Annual report on the working of the lock hospitals in the North-Western Provinces and Oudh
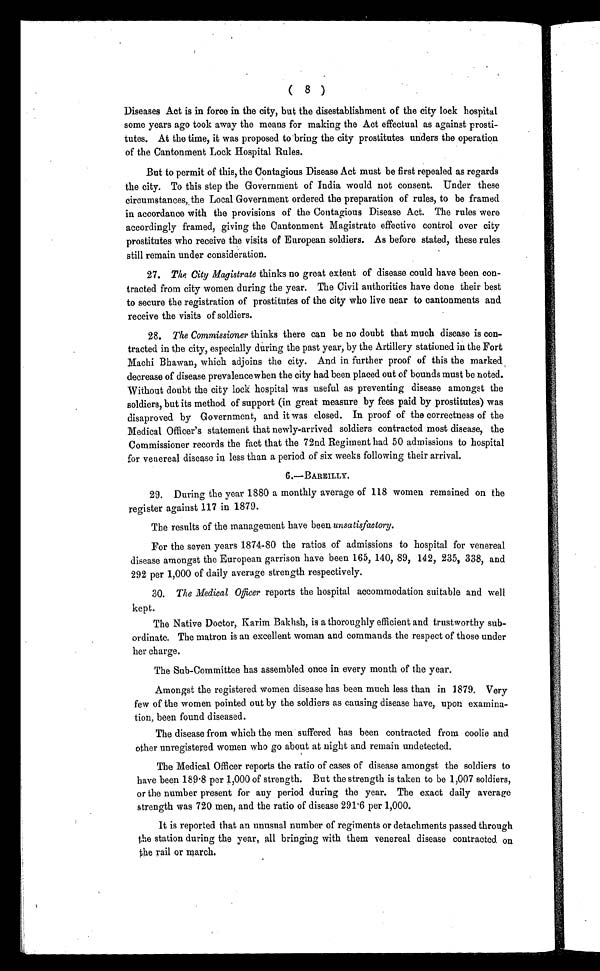
( 8 )
Diseases Act is in force in the city, but the disestablishment of the city lock hospital
some years ago took away the means for making the Act effectual as against prosti-
tutes. At the time, it was proposed to bring the city prostitutes unders the operation
of the Cantonment Lock Hospital Rules.
But to permit of this, the Contagious Disease Act must be first repealed as regards
the city. To this step the Government of India would not consent. Under these
circumstances, the Local Government ordered the preparation of rules, to be framed
in accordance with the provisions of the Contagious Disease Act. The rules were
accordingly framed, giving the Cantonment Magistrate effective control over city
prostitutes who receive the visits of European soldiers. As before stated, these rules
still remain under consideration.
27.
The City Magistrate thinks no great extent of disease could have been con-
tracted from city women during the year. The Civil authorities have done their best
to secure the registration of prostitutes of the city who live near to cantonments and.
receive the visits of soldiers.
28.
The Commissioner thinks there can be no doubt that much disease is con-
tracted in the city, especially during the past year, by the Artillery stationed in the Fort
Machi Bhawan, which adjoins the city. And in further proof of this the marked ,
decrease of disease prevalence when the city had been placed out of bounds must be noted.
Without doubt the city lock hospital was useful as preventing disease amongst the
soldiers, but its method. of support (in great measure by fees paid by prostitutes) was
disaproved by Government, and it was closed. In proof of the correctness of the
Medical Officer's statement that newly-arrived soldiers contracted most disease, the
Commissioner records the fact that the 72nd Regiment had 50 admissions to hospital
for venereal disease in less than a period of six weeks following their arrival.
6.—BAREILLY.
29. During the year 1880 a monthly average of 118 women remained on the
register against 117 in 1879.
The results of the management have been unsatisfactory.
For the seven years 1874-80 the ratios of admissions to hospital for venereal
disease amongst the European garrison have been 165, 140, 89, 142, 235, 338, and
292 per 1,000 of daily average strength respectively.
30. The Medical Officer reports the hospital accommodation suitable and well
kept.
The Native Doctor, Karim Bakhsh, is a thoroughly efficient and trustworthy sub-
ordinate. The matron is an excellent woman and commands the respect of those under
her charge.
The Sub-Committee has assembled once in every month of the year.
Amongst the registered women disease has been much less than in 1879. Very
few of the women pointed out by the soldiers as causing disease have, upon examina-
tion, been found diseased.
The disease from which the men suffered has been contracted from coolie and
other unregistered women who go about at night and remain undetected.
The Medical Officer reports the ratio of cases of disease amongst the soldiers to
have been 189.8 per 1,000 of strength. But the strength is taken to be 1,007 soldiers,
or the number present for any period during the year. The exact daily average
strength was 720 men, and the ratio of disease 291.6 per 1,000.
It is reported that an unusual number of regiments or detachments passed through
the station during the year, all bringing with them venereal disease contracted. on
the rail or march.s